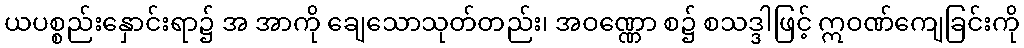
ယပစ္စည်းနှောင်းရာ၌ အ အာကို ချေသောသုတ်တည်း၊ အဝဏ္ဏော စ၌ စသဒ္ဒါဖြင့် ဣဝဏ်ကျေခြင်းကို